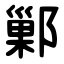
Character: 鄛